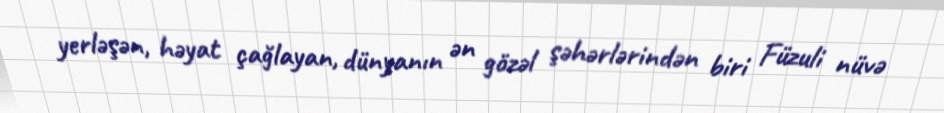
yerləşən, həyat çağlayan, dünyanın ən gözəl şəhərlərindən biri Füzuli nüvə